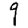
Digit: 9